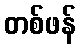
တစ်ဖန်